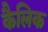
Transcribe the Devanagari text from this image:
कैलिक